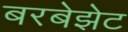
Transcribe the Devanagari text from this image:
बरबेझेट